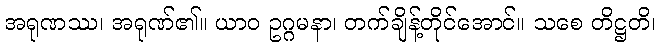
အရုဏဿ၊ အရုဏ်၏။ ယာဝ ဥဂ္ဂမနာ၊ တက်ချိန့်တိုင်အောင်။ သစေ တိဋ္ဌတိ၊